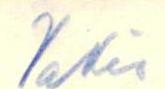
Vakio